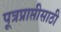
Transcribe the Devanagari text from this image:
पूत्रप्राप्तीसाठी